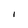
Character: I